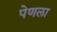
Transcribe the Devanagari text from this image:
पेणला